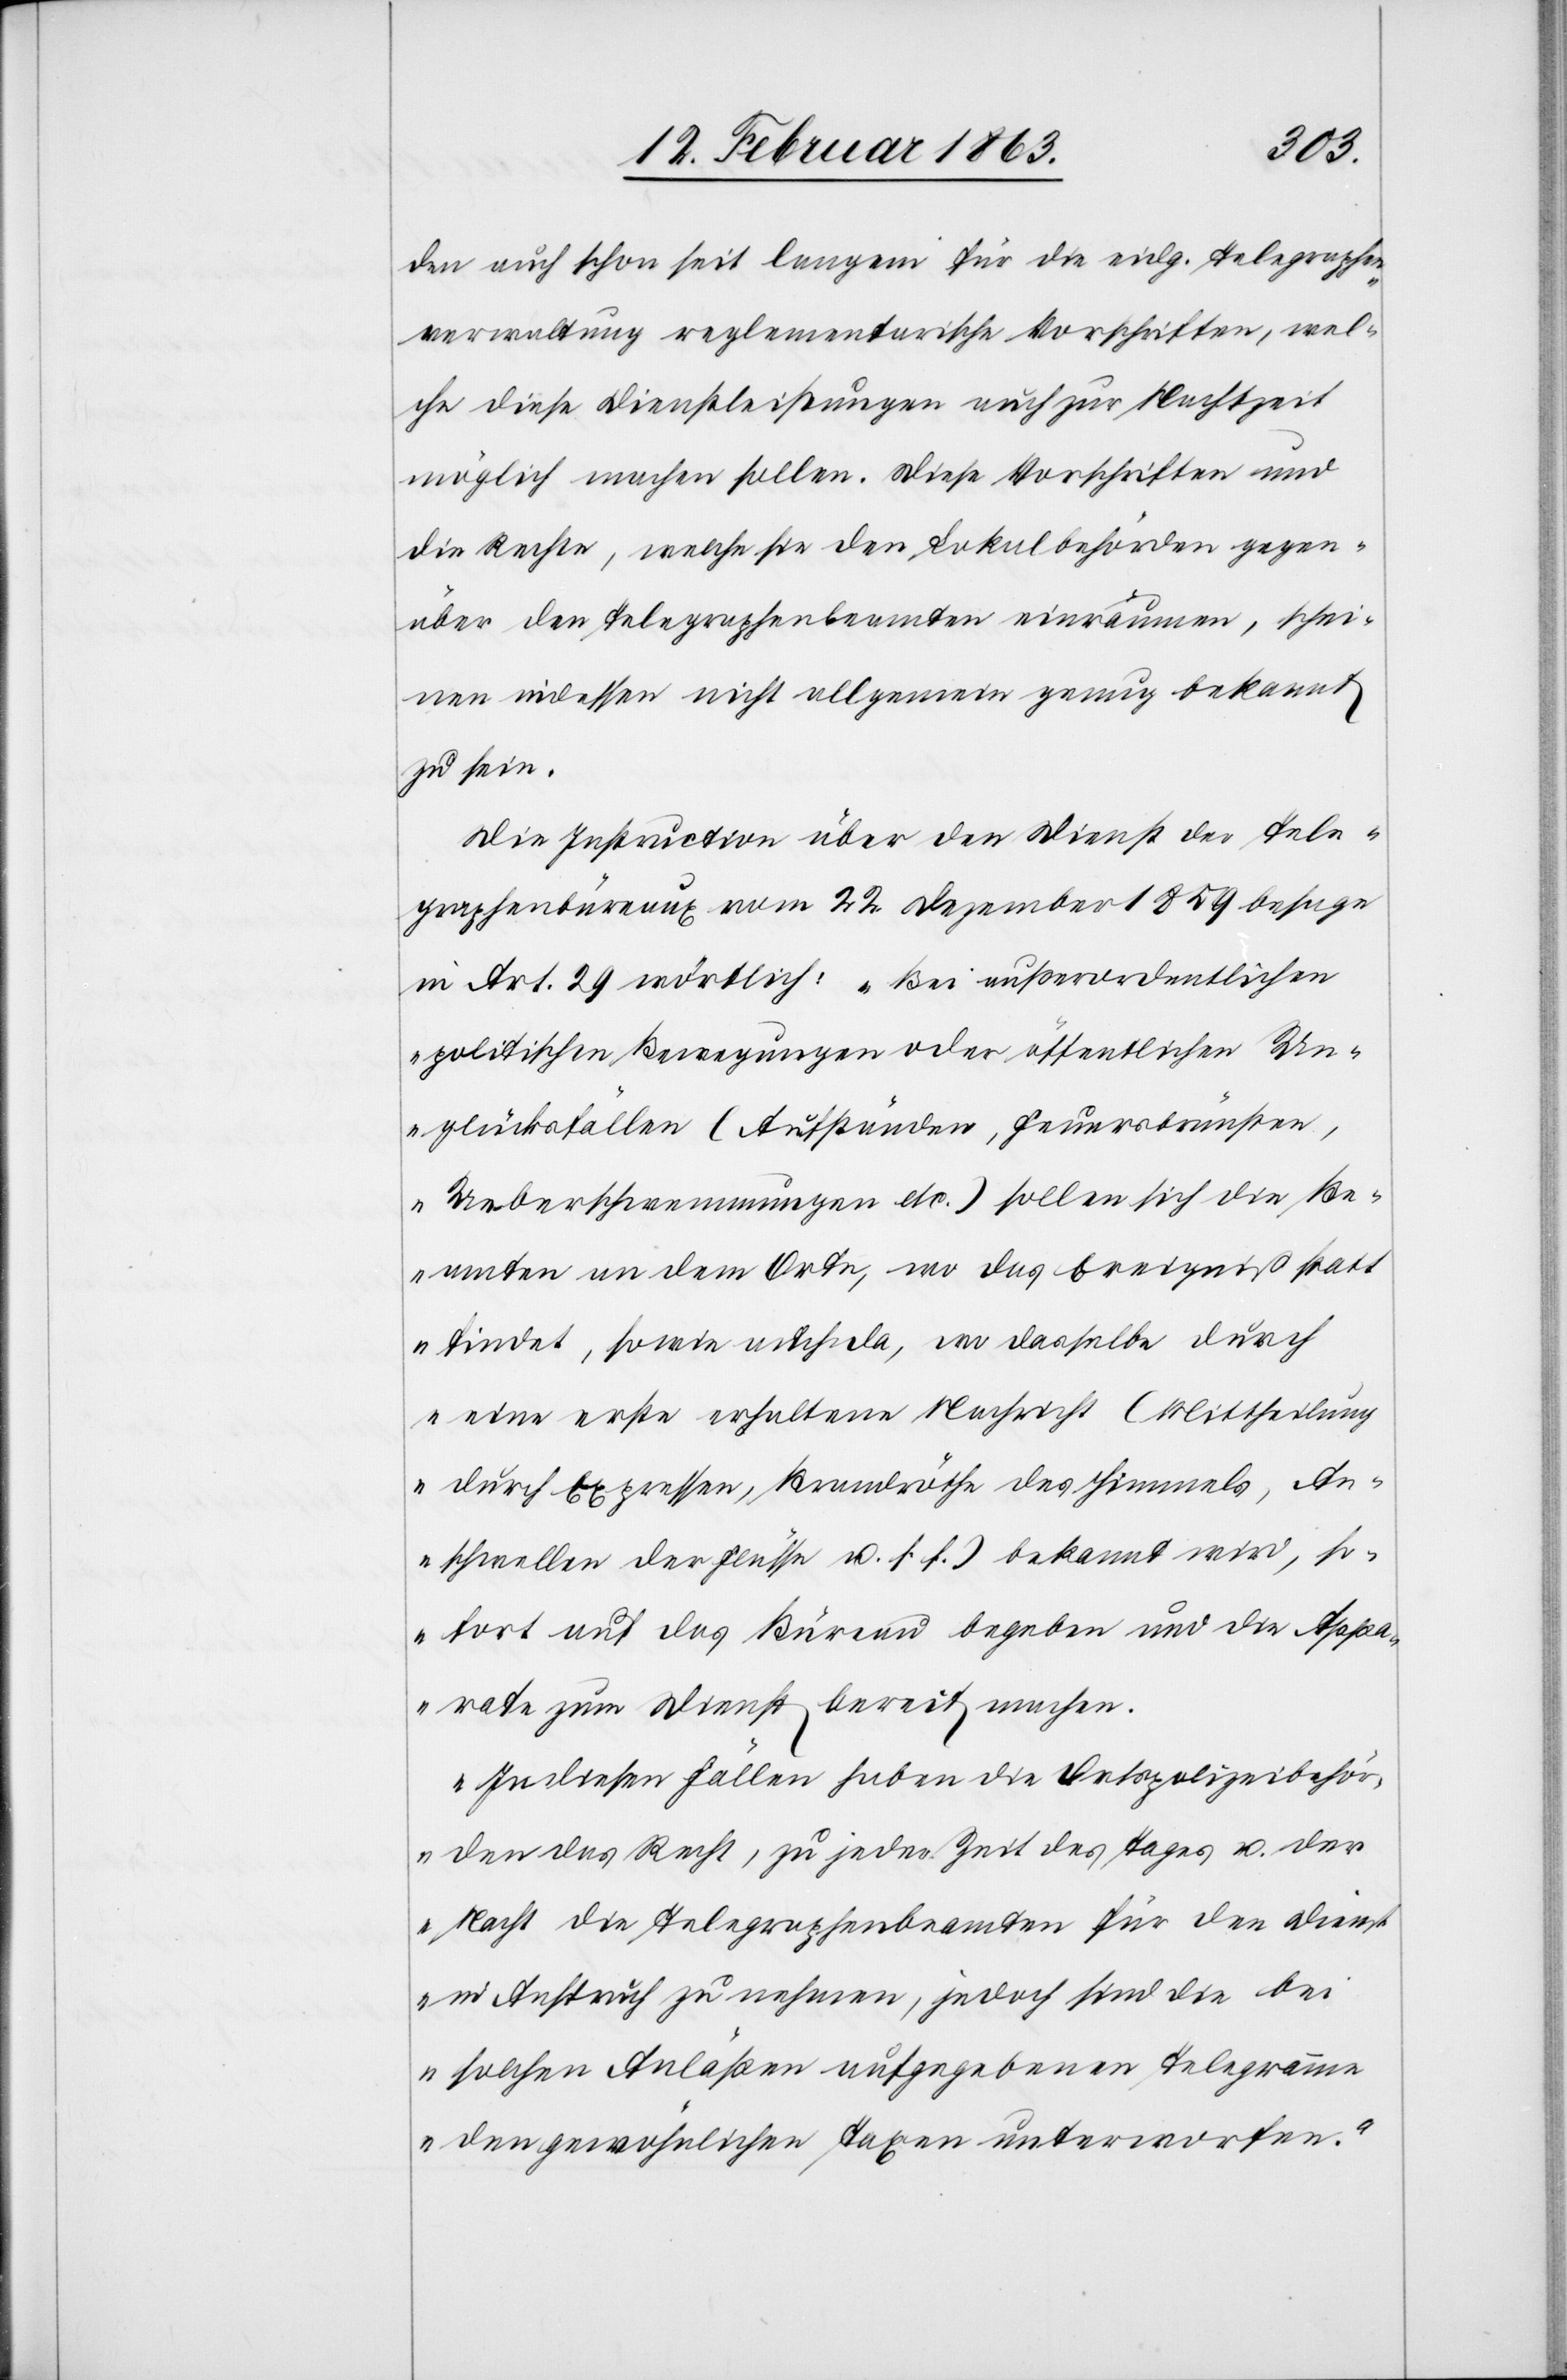
den auch schon seit langem für die eidg. Telegraphen¬
verwaltung reglementarische Vorschriften, wel¬
che diese Dienstleistungen auch zur Nachtzeit
möglich machen sollen. Diese Vorschriften und
die Rechte, welche sie den Lokalbehörden gegen¬
über den Telegraphenbeamten einräumen, schei¬
nen indessen nicht allgemein genug bekannt
zu sein.
Die Instruction über den Dienst der Tele¬
graphenbüreaux vom 22. Dezember 1859 besage
in Art. 29 wörtlich: „Bei außerordentlichen
politischen Bewegungen oder öffentlichen Un¬
glücksfällen (Aufständen, Feuersbrünsten,
Ueberschwemmungen etc.) sollen sich die Be¬
amten an dem Orte, wo das Ereigniß statt
findet, sowie auch da, wo dasselbe durch
eine erste erhaltene Nachricht (Mittheilung
durch Expressen, Brandröthe des Himmels, An¬
schwellen der Flüsse u. s. f.) bekannt wird, so¬
fort auf das Büreau begeben und die Appa¬
rate zum Dienst bereit machen.
In diesen Fällen haben die Ortspolizeibehör¬
den das Recht, zu jeder Zeit des Tages u. der
Nacht die Telegraphenbeamten für den Dienst
in Anspruch zu nehmen, jedoch sind die bei
solchen Anläßen aufgegebenen Telegramme
den gewöhnlichen Taxen unterworfen.“